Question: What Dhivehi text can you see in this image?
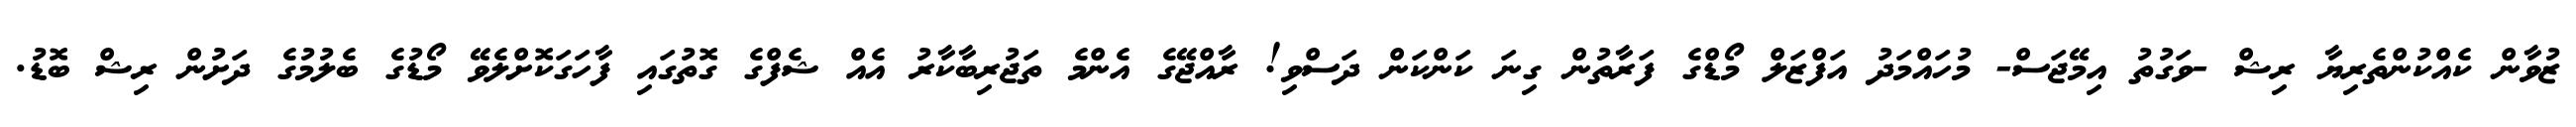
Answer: ޒުވާން ކެއްކުންތެރިޔާ ރިޝް -ވަގުތު އިމޭޖަސް- މުހައްމަދު އަފްޒަލް މޯޑްގެ ފަރާތުން ގިނަ ކަންކަން ދަސްވި! ރާއްޖޭގެ އެންމެ ތަޖުރިބާކާރު އެއް ޝެފްގެ ގޮތުގައި ފާހަގަކޮށްލެވޭ މޯޑުގެ ބެލުމުގެ ދަށުން ރިޝް ބޮޑު.